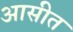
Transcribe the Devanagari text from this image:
आसीत